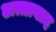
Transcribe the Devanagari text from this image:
अत्ताबाद